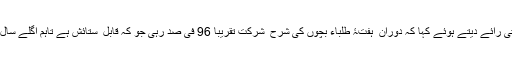
اسکول کے فنکشن انچارج ارشاد خان لیکچرر پاکستان اسٹیڈیز نے ہفتۂ طلباء پر تجزیاتی رائے دیتے ہوئے کہا کہ دوران ِ ہفتۂ طلباء بچوں کی شرح ِ شرکت تقریباً 96 فی صد رہی جو کہ قابل ِ ستائش ہے تاہم اگلے سال کے لیے مزید بہتر حکمت ِ عملی اپنا کر اس شرح کو سو فیصد کرنے کا عزم بھی کیا۔